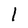
Character: 1